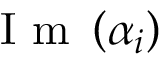
\mathrm { ~ I ~ m ~ } \left( \alpha _ { i } \right)